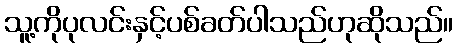
သူ့ကိုပုလင်းနှင့်ပစ်ခတ်ပါသည်ဟုဆိုသည်။